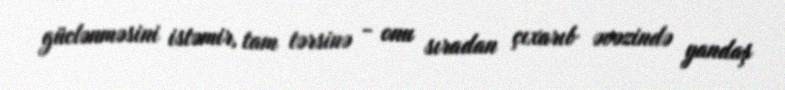
güclənməsini istəmir, tam tərsinə - onu sıradan çıxarıb əvəzində yandaş